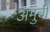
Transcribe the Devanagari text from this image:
अमुची